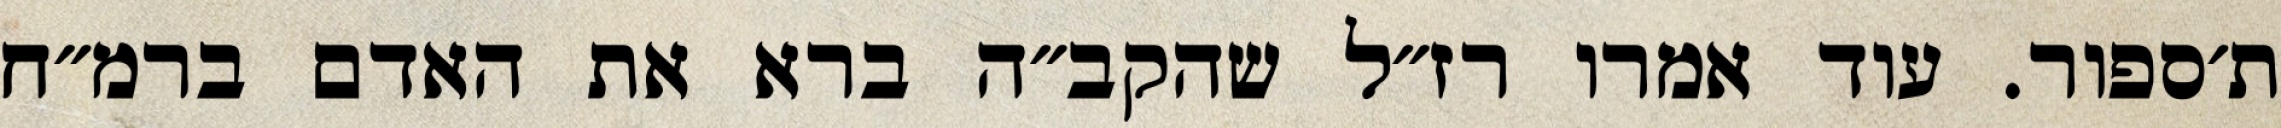
ת׳ספור. עוד אמרו רז״ל שהקב״ה ברא את האדם ברמ״ח